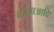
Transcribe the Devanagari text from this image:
मुरैनाआदि